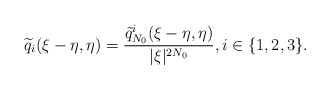
\begin{align*}\widetilde{q}_i(\xi-\eta,\eta) = \frac{\tilde{q}^i_{N_0}(\xi-\eta, \eta)}{|\xi|^{2N_0}},i \in\{1,2,3\}.\end{align*}